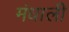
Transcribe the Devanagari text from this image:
मंधाली